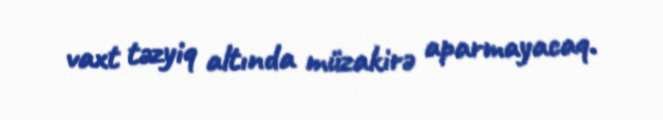
vaxt təzyiq altında müzakirə aparmayacaq.